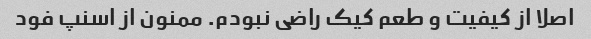
اصلا از کیفیت و طعم کیک راضی نبودم. ممنون از اسنپ فود